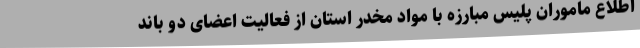
اطلاع ماموران پلیس مبارزه با مواد مخدر استان از فعالیت اعضای دو باند